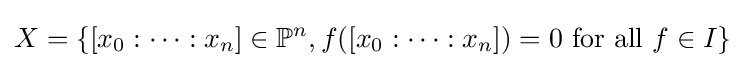
X=\left\{[x_{0}:\dots :x_{n}]\in \mathbb {P} ^{n},f([x_{0}:\dots :x_{n}])=0{\text{ for all }}f\in I\right\}